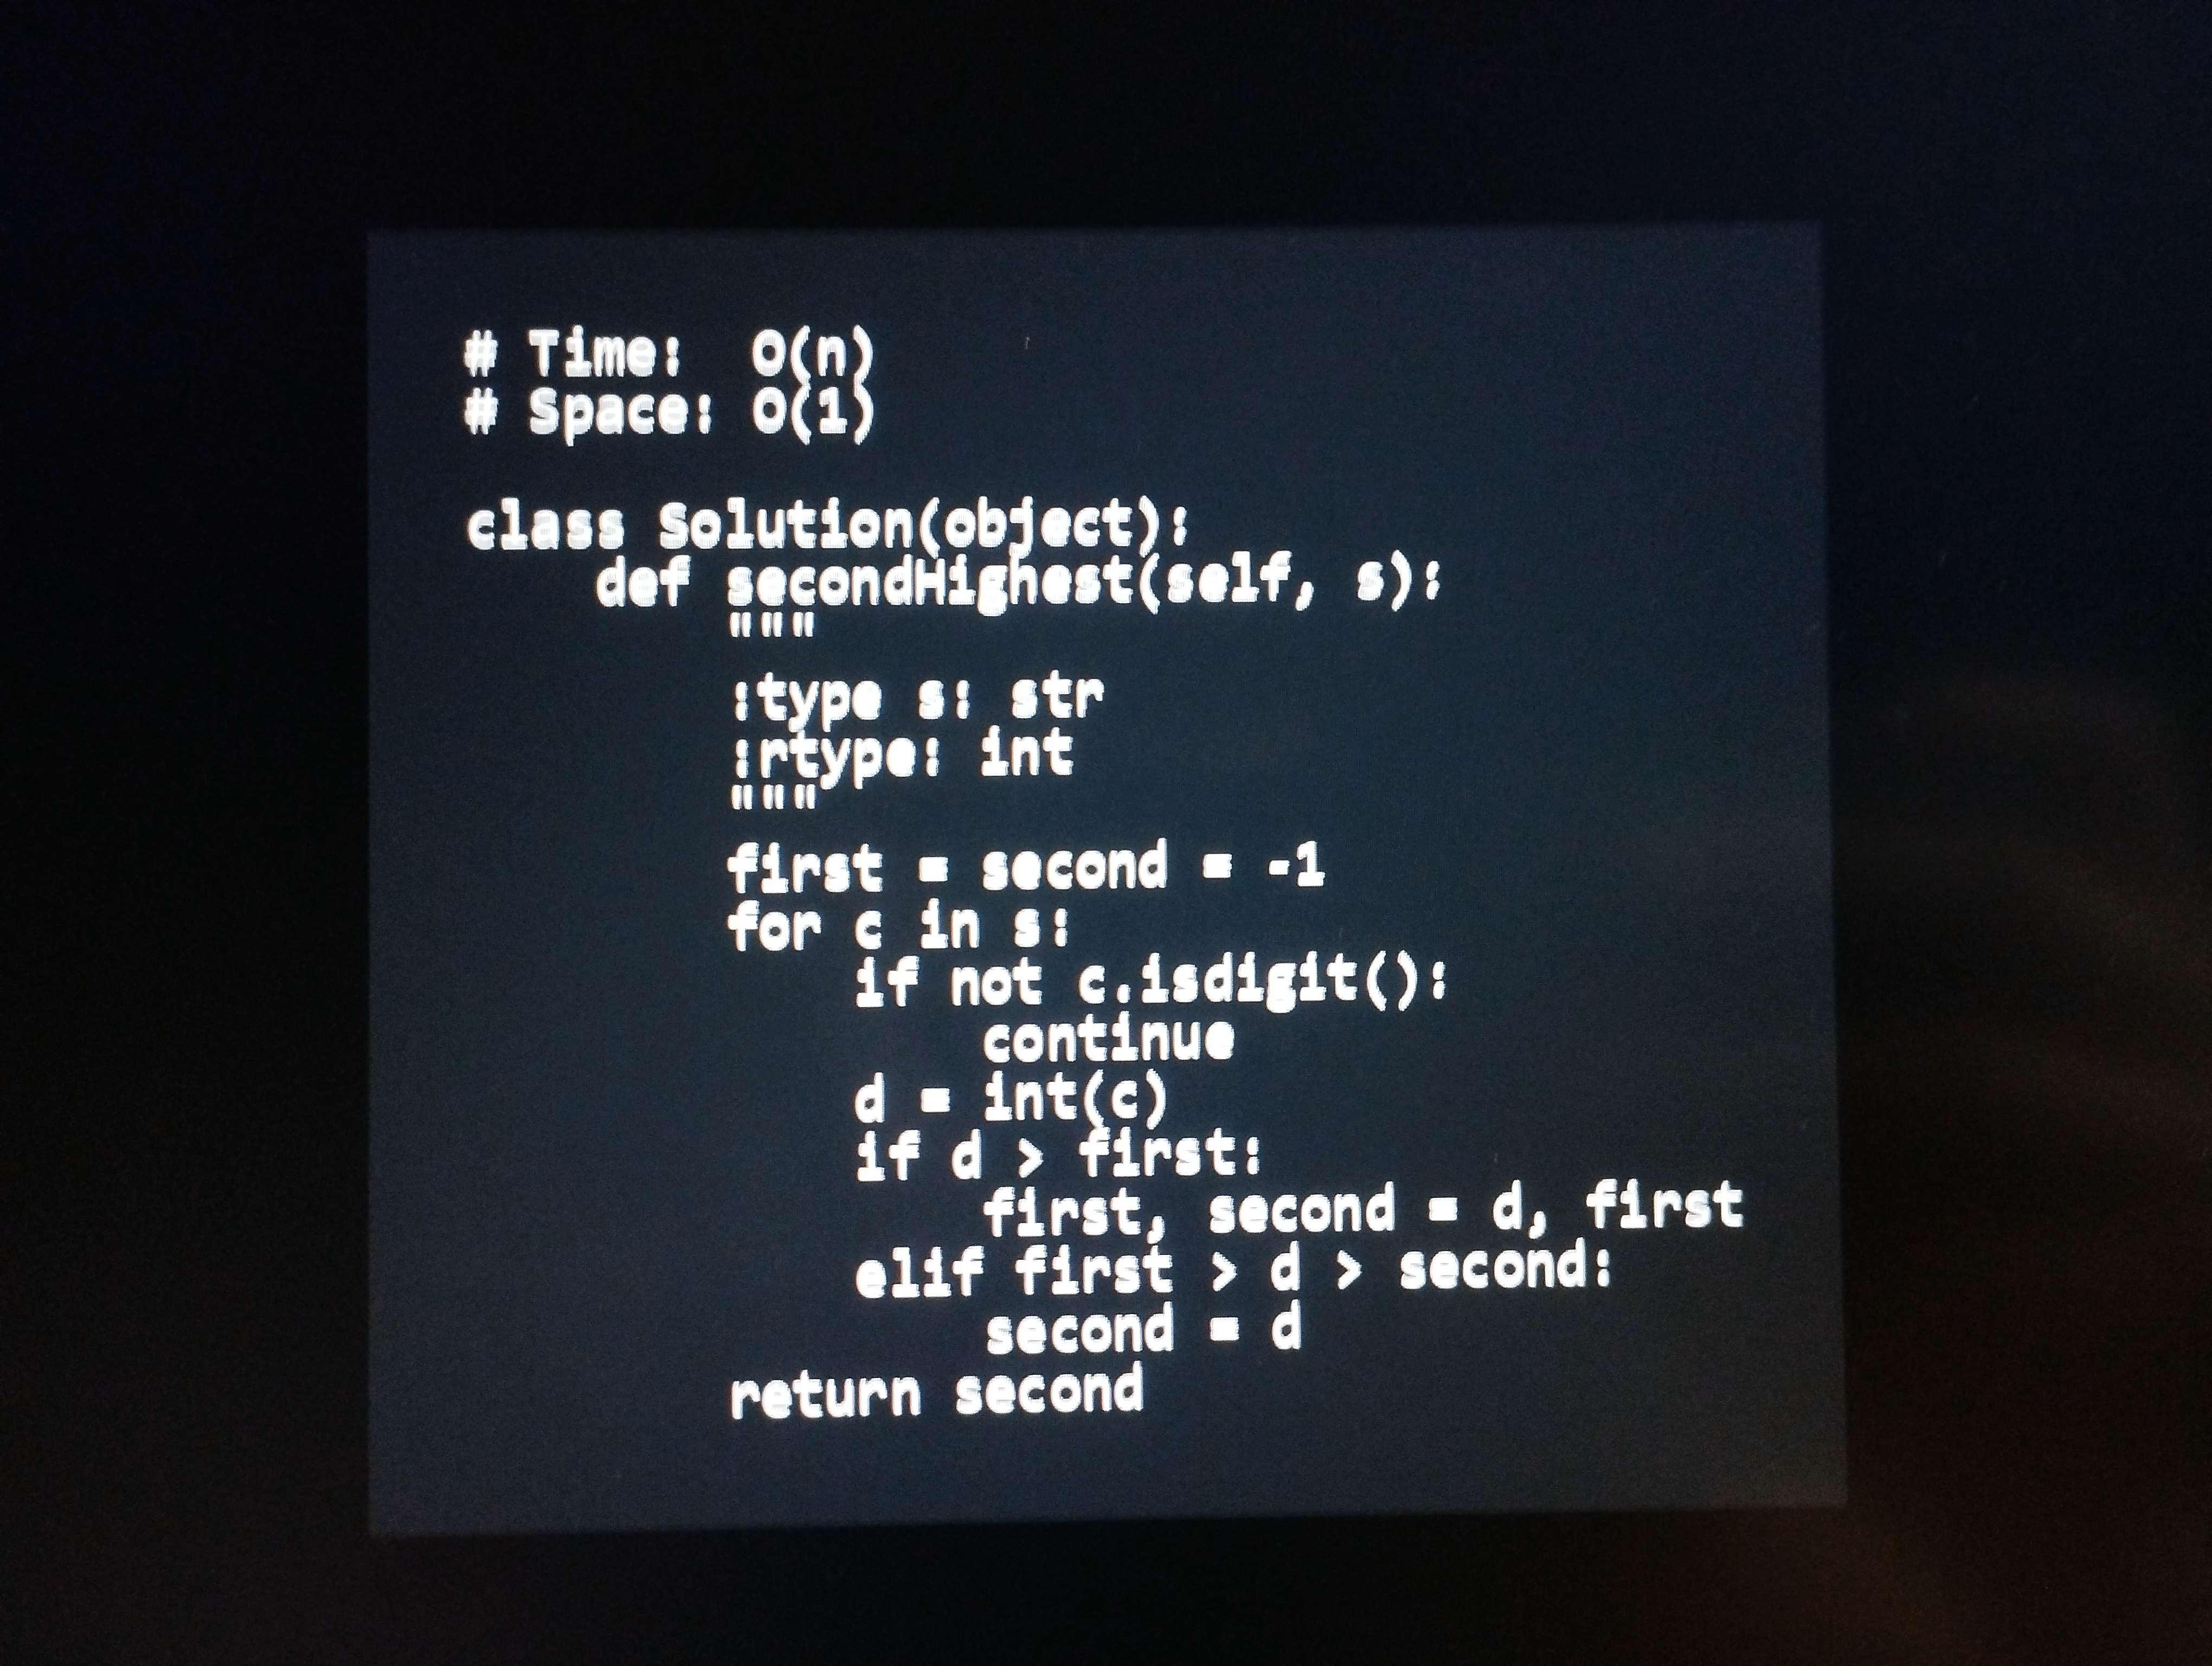
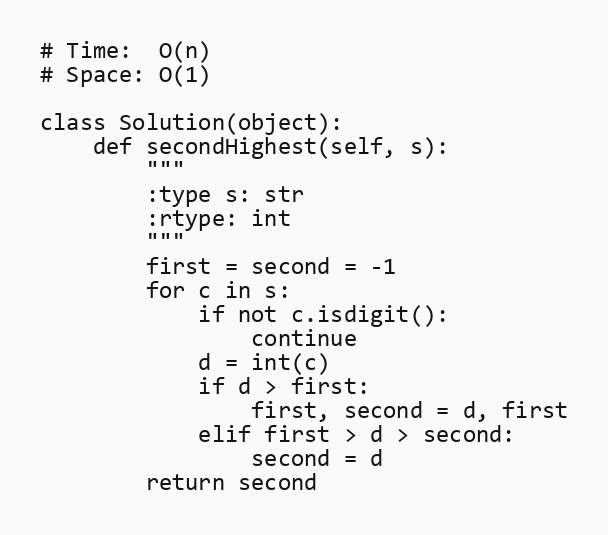
# Time:  O(n)
# Space: O(1)

class Solution(object):
    def secondHighest(self, s):
        """
        :type s: str
        :rtype: int
        """
        first = second = -1
        for c in s:
            if not c.isdigit():
                continue
            d = int(c)
            if d > first:
                first, second = d, first
            elif first > d > second:
                second = d
        return second